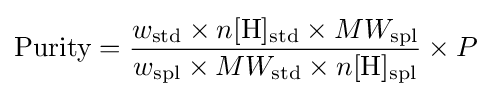
\mathrm {Purity} ={\frac {w_{\mathrm {std} }\times n[\mathrm {H} ]_{\mathrm {std} }\times MW_{\mathrm {spl} }}{w_{\mathrm {spl} }\times MW_{\mathrm {std} }\times n[\mathrm {H} ]_{\mathrm {spl} }}}\times P